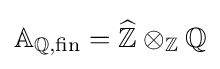
\mathbb {A} _{\mathbb {Q} ,{\text{fin}}}={\widehat {\mathbb {Z} }}\otimes _{\mathbb {Z} }\mathbb {Q}